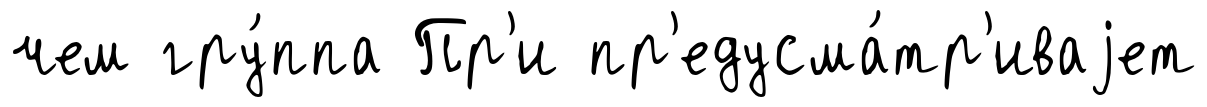
чем гру́ппа Пр'и пр'едусма́тр'иваjет